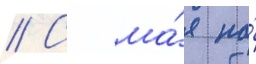
// С ма́я по́